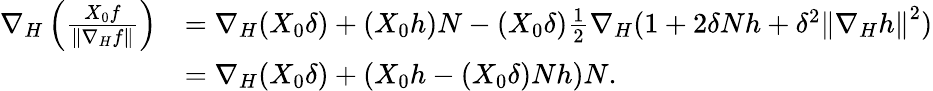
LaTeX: \begin{array}{rl}{\nabla_{H}\left(\frac{X_{0}f}{\left\| \nabla_{H}f\right\| }\right)}&{=\nabla_{H}(X_{0}\delta)+(X_{0}h)N-(X_{0}\delta)\frac{1}{2}\nabla_{H}(1+2\delta Nh+\delta^{2}\left\| \nabla_{H}h\right\| ^{2})}\\ &{=\nabla_{H}(X_{0}\delta)+(X_{0}h-(X_{0}\delta)Nh)N.}\end{array}